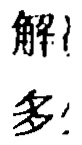
解！
多！